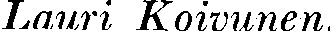
Lauri Koivunen.